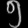
Digit: ၅